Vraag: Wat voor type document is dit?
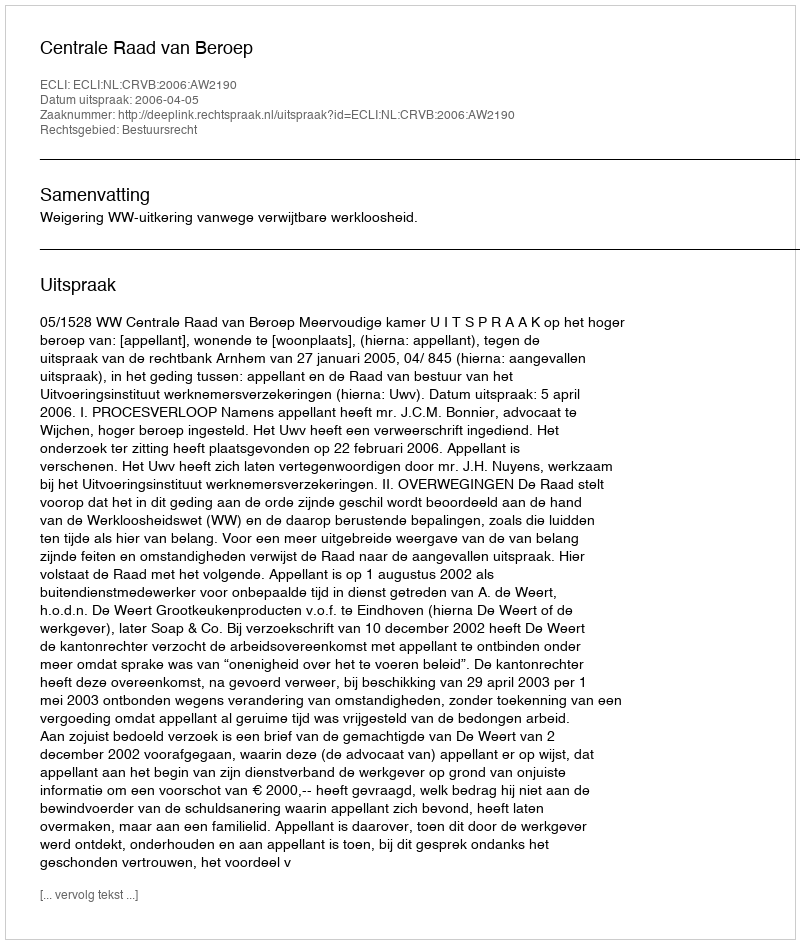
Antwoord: Uitspraak